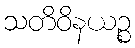
သတိဝိနယဉ္စ